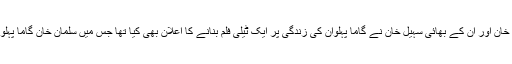
حال ہی میں بالی وڈ سٹار سلمان خان اور ان کے بھائی سہیل خان نے گاما پہلوان کی زندگی پر ایک ٹیلی فلم بنانے کا اعلان بھی کیا تھا جس میں سلمان خان گاما پہلوان کے روپ میں نظر آئیں گے۔